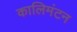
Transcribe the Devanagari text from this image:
कालिमंटन